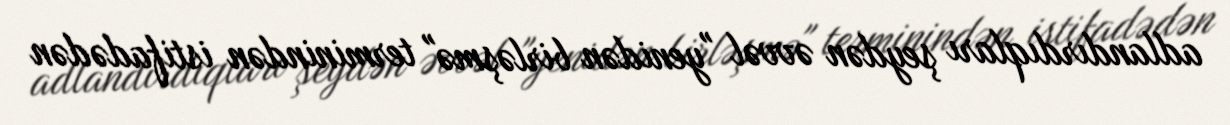
adlandırdıqları şeydən əvvəl "yenidən birləşmə" terminindən istifadədən